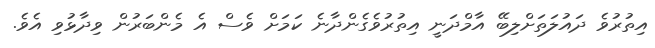
އިތުރުވެ ދައުލަތަށްލިބޭ އާމްދަނީ އިތުރުވެގެންދާނެ ކަމަށް ވެސް އެ މެންބަރުން ވިދާޅުވި އެވެ.